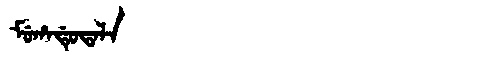
Manchu: ᠮᡠᡥᠠᡩᡠᡨᠠᠯᠠ
Romanization: MUHADUTALA